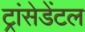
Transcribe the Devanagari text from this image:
ट्रांसेडेंटल